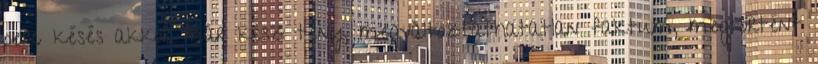
perc késés akkor már kész tény, megváltoztathatatlan faktum, megtörtént